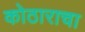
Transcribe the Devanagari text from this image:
कोठाराचा